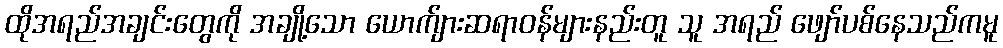
ထိုအရည်အချင်းတွေကို အချို့သော ယောက်ျားဆရာဝန်များနည်းတူ သူ အရည် ဖျော်ပစ်နေသည်ကမူ